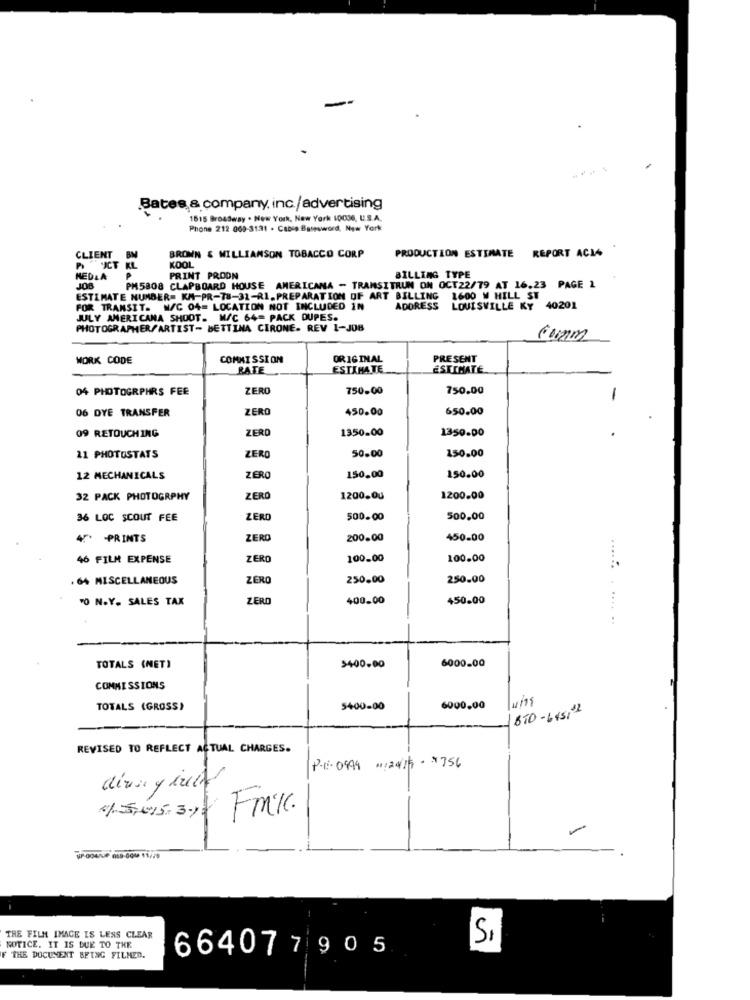
Bates & company, inc./advertising
1615 Broadway . New York, New York 10036, U.S.A.
Phone 212 069-3131 . Cabin Basesword, New York
CLIENTB
BROWN & WILLIAMSON TOBACCO CORP
PRODUCTION ESTIMATE REPORT ACIA
ICT KL
KOOL
MEDLA
PRINT PROON
BILLING TYPE
JOB
PM5808 CLAPBOARD HOUSE AMERICANA - TRANSITRUN ON OCT22/79 AT 16.23 PAGE 1
ESTIMATE NUMBER= KM-PR-78-31-RI.PREPARATION OF ART BILLING 1600 W HILL ST
FOR TRANSIT. W/C 04= LOCATION NOT INCLUDED IN
ADDRESS LOUISVILLE KY 40201
JULY AMERICANA SHOOT. W/C 64= PACK DUPES.
PHOTOGRAPHER/ARTIST- BETTINA CIRONE. REV 1-JOB
Com
WORK CODE
COMMISSION
ORIGINAL
PRESENT
RATE
ESTIMATE
ESTIMATE
04 PHOTOGRPHRS FEE
ZERO
750.00
750.00
-
06 DYE TRANSFER
ZERO
450.00
650.00
ZERO
1350.00
1350.00
09 RETOUCHING
11 PHOTOSTATS
ZERO
50.00
150.00
12 MECHANICALS
ZERO
150,00
150.00
32 PACK PHOTOGRPHY
ZERO
1200.00
1200.00
36 LOC SCOUT FEE
ZERO
500.00
500,00
4. - PRINTS
ZERO
200.00
450-00
46 FILM EXPENSE
ZERO
100.00
100.00
. 64 MISCELLANEOUS
ZERO
250.00
250.00
"O N.Y. SALES TAX
ZERO
400.00
450.00
.... ..
TOTALS (NET)
$400.00
6000-00
COMMISSIONS
TOTALS (GROSS)
5400-00
6000,00
850-6451 32
REVISED TO REFLECT ACTUAL CHARGES.
P-B-0999 #1:24/15- x756
Fmic.
1.5,015-3,
THE FILM IMAGE IS LESS CLEAR
S,
NOTICE. IT IS DUE TO THE
664077 905
F THE DOCUMENT BEING FILMED.